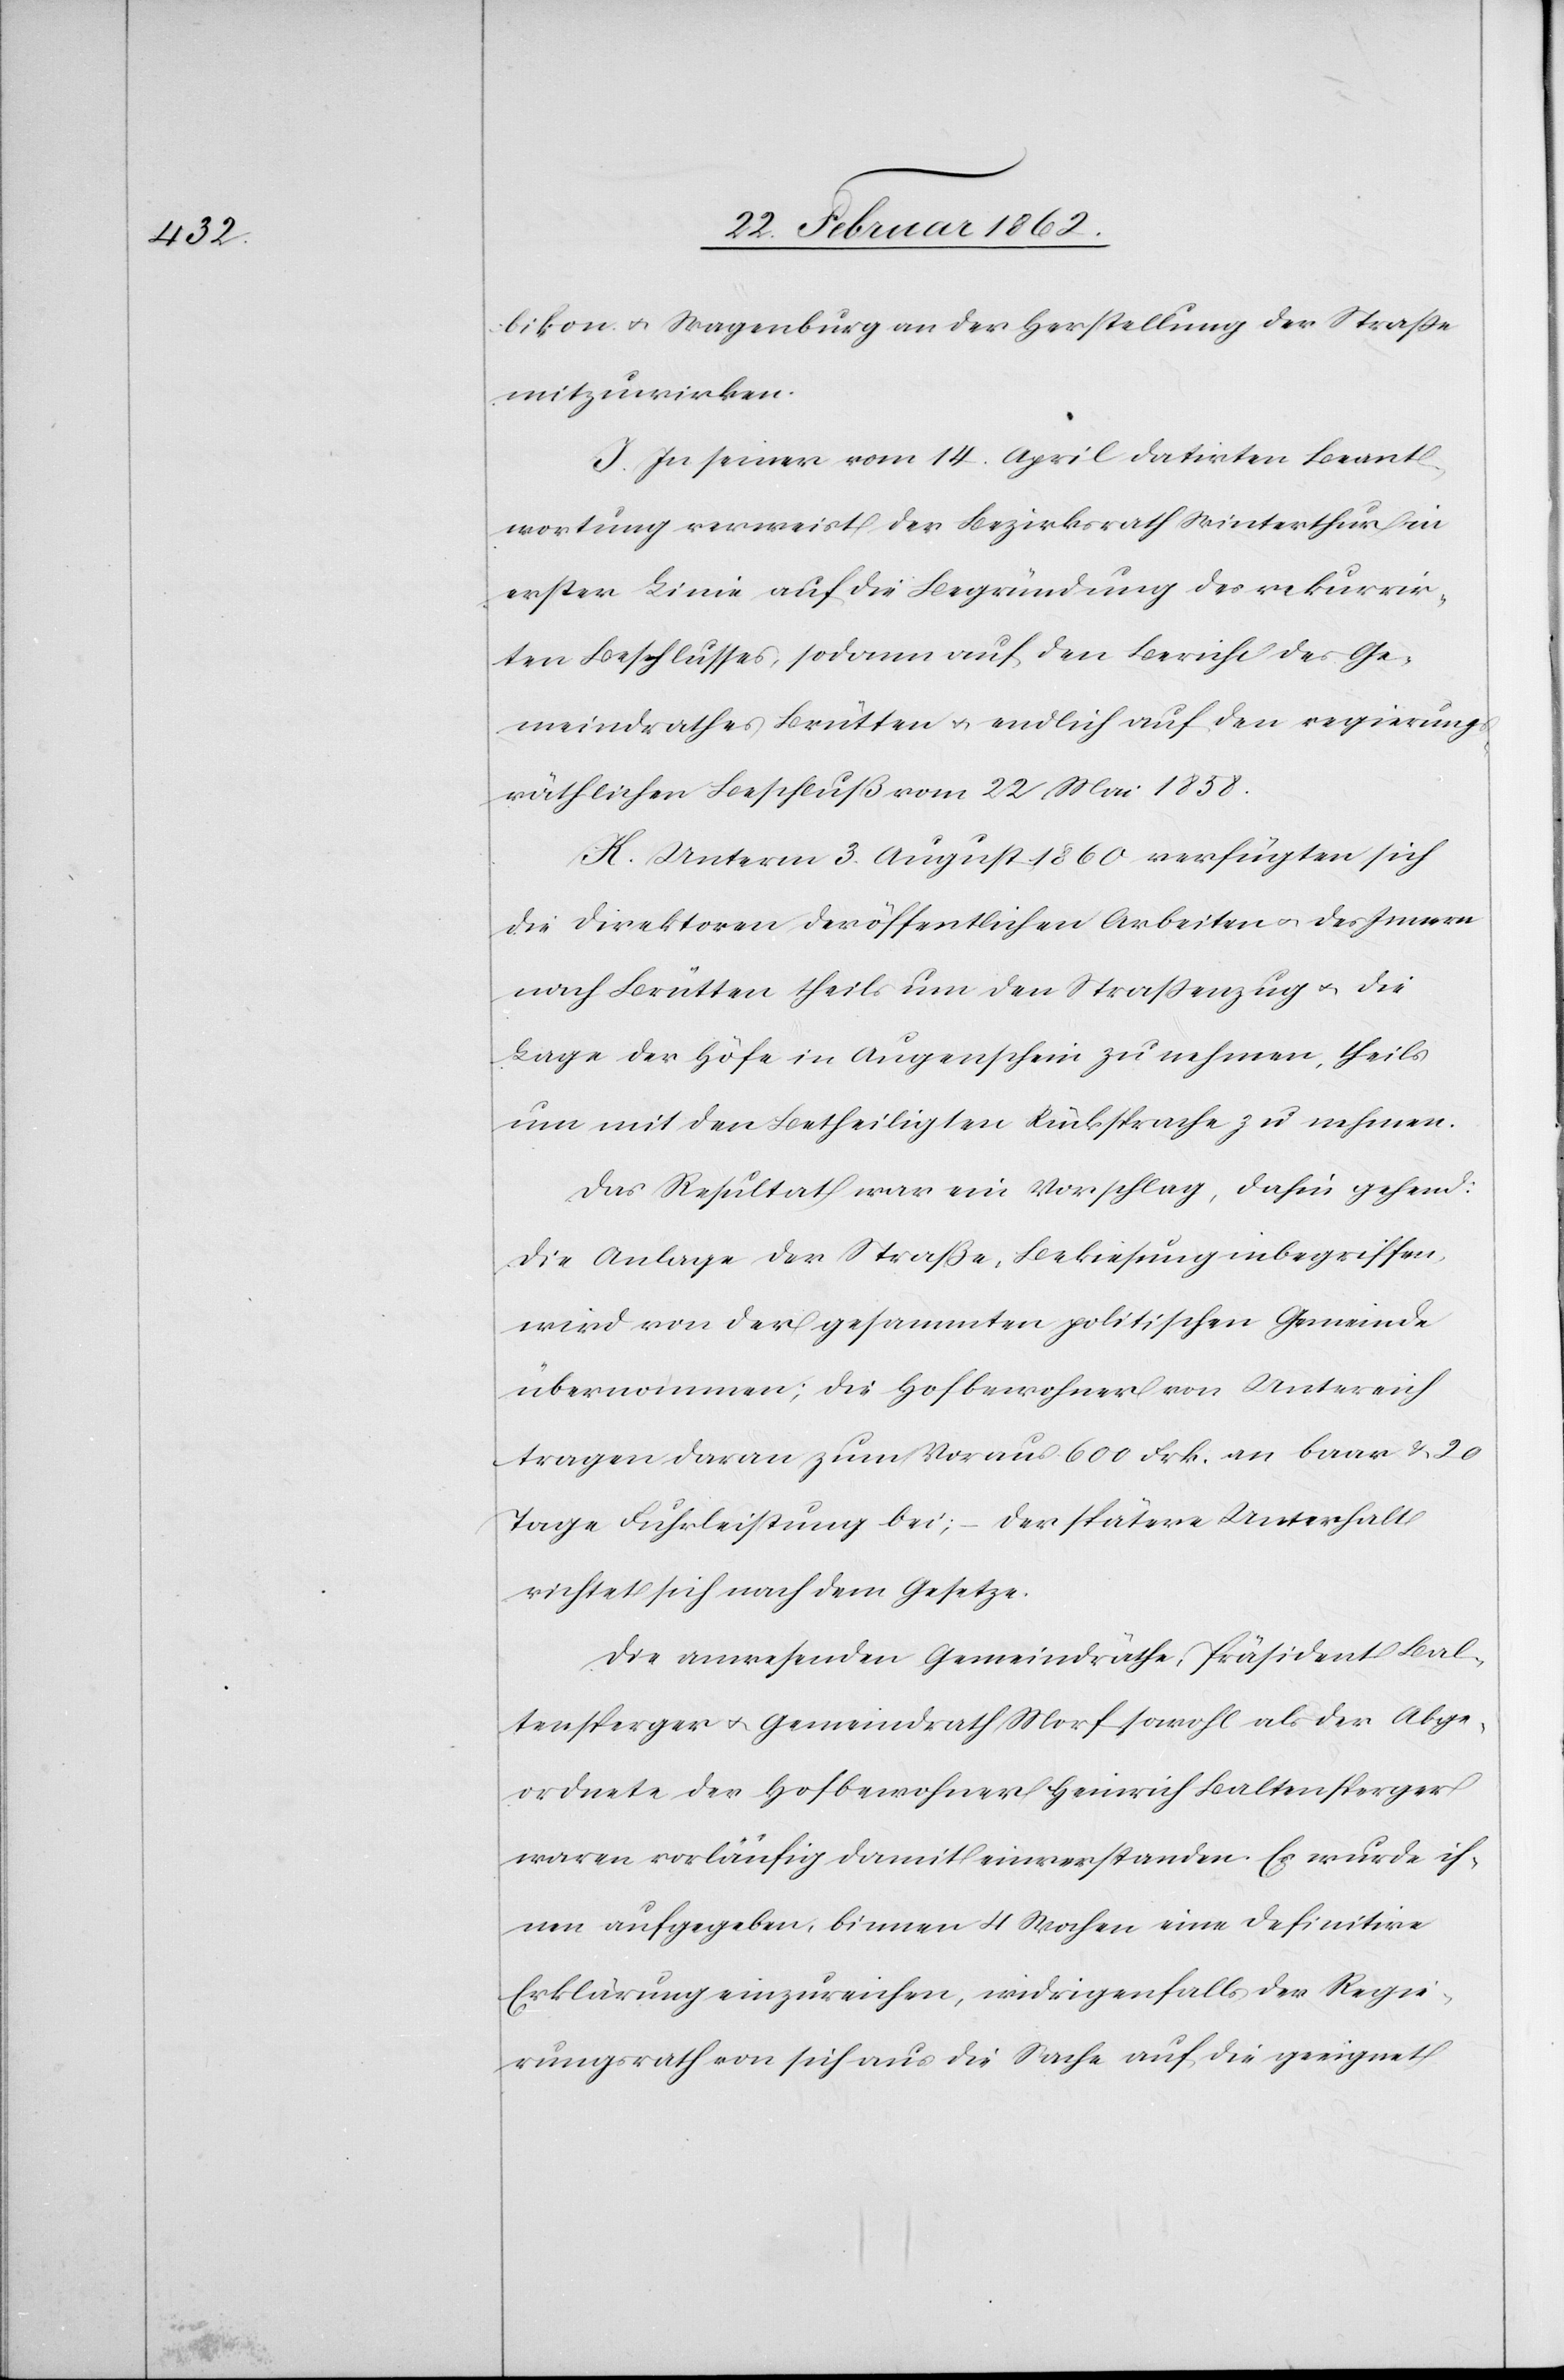
bikon u. Wagenburg an der Herstellung der Straße
mitzuwirken.
J. In seiner vom 14. April datirten Beant¬
wortung verweist der Bezirksrath Winterthur in
erster Linie auf die Begründung des rekurrir¬
ten Beschlusses, sodann auf den Bericht des Ge¬
meindrathes Brütten u. endlich auf den regierungs¬
räthlichen Beschluß vom 22 Mai 1858.
K. Unterm 3. August 1860 verfügten sich
die Direktoren der öffentlichen Arbeiten u. des Innern
nach Brütten theils um den Straßenzug u. die
Lage der Höfe in Augenschein zu nehmen, theils
um mit den Betheiligten Rücksprache zu nehmen.
Das Resultat war ein Vorschlag, dahin gehend:
Die Anlage der Straße, Bekiesung inbegriffen,
wird von der gesammten politischen Gemeinde
übernommen; die Hofbewohner von Untereich
tragen daran zum voraus 600 Frk. an baar & 20
Tage Fuhrleistung bei; – der spätere Unterhalt
richtet sich nach dem Gesetze.
Die anwesenden Gemeindräthe, Präsident Bal¬
tensperger u. Gemeindrath Morf sowohl als der Abge¬
ordnete der Hofbewohner Heinrich Baltensperger
waren vorläufig damit einverstanden. Es wurde ih¬
nen aufgegeben, binnen 4 Wochen eine definitive
Erklärung einzureichen, widrigenfalls der Regie¬
rungsrath von sich aus die Sache auf die geeignet